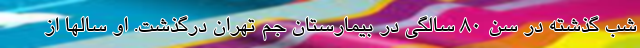
شب گذشته در سن ۸۰ سالگی در بیمارستان جم تهران درگذشت. او سالها از